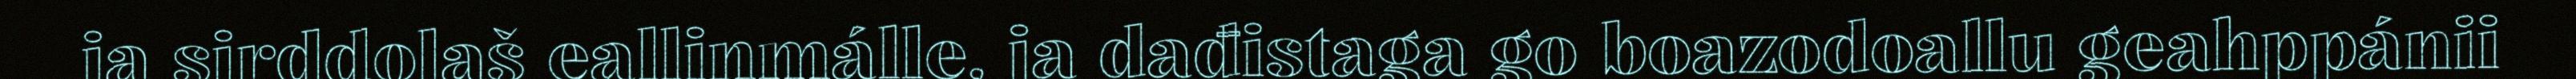
ja sirddolaš eallinmálle, ja dađistaga go boazodoallu geahppánii